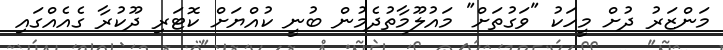
މަންޒަރު ދުށް މީހަކު "ވަގުތަށް" މައުލޫމާތުދެމުން ބުނީ ކުއްޔަށް ކޮޓަރި ދޫކުރާ ގެއެއްގައި